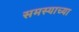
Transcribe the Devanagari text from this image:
समस्याच्या